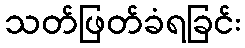
သတ်ဖြတ်ခံရခြင်း